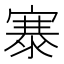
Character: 𪧦